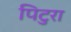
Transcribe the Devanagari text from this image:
पिटुरा